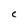
Character: C